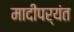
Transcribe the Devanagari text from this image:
मादीपर्यंत